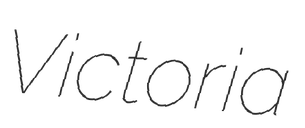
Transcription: Victoria